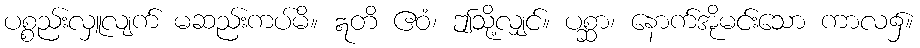
ပစ္စည်းလှူလျက် မဆည်းကပ်မိ။ ဣတိ ဧဝံ၊ ဤသို့လျှင်။ ပစ္ဆာ၊ နောက်အိုမင်းသော ကာလ၌။